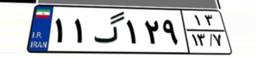
۱۱گ۱۲۹۱۳